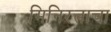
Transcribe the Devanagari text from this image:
मिनिरत्नाचा